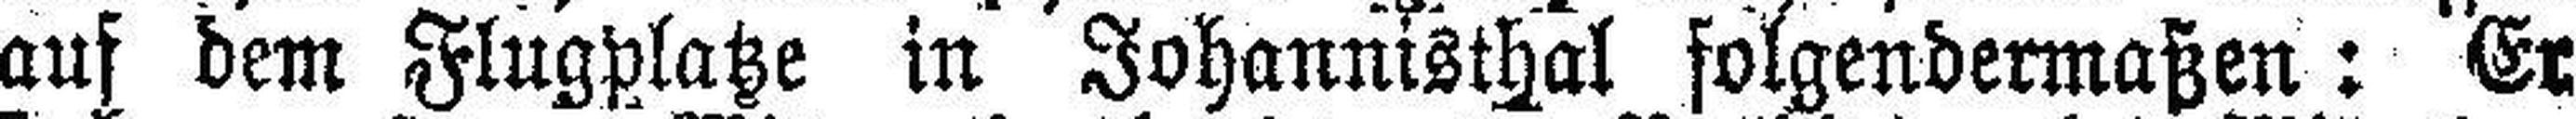
auf dem Flugplatze in Johannisthal folgendermaßen: Er